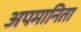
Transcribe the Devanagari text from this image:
अपमानिता